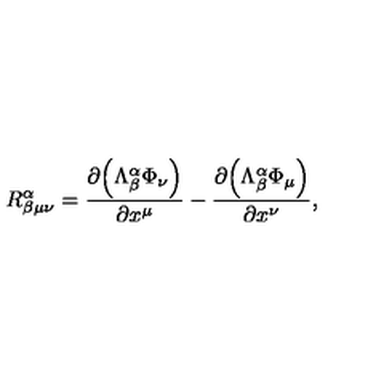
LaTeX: R _ { \beta \mu \nu } ^ { \alpha } = \frac { \partial { \left( \Lambda _ { \beta } ^ { \alpha } \Phi _ { \nu } \right) } } { \partial x ^ { \mu } } - \frac { \partial { \left( \Lambda _ { \beta } ^ { \alpha } \Phi _ { \mu } \right) } } { \partial x ^ { \nu } } ,